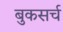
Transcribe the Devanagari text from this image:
बुकसर्च